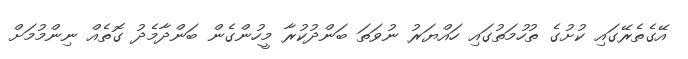
އޭގެތެރޭގައި ކުށުގެ ތުހުމަތުގައި ހައްޔަރު ނުވަތަ ބަންދުކުރާ މީހުންގެން ބަންދާމެދު ގޮތެއް ނިންމުމަށް